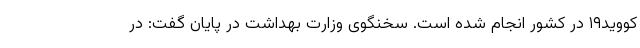
کووید۱۹ در کشور انجام شده است. سخنگوی وزارت بهداشت در پایان گفت: در